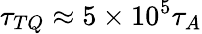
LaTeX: \tau_{TQ}\approx 5\times 10^{5}\tau_{A}